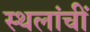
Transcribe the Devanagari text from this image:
स्थलांचीं